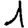
Digit: 1